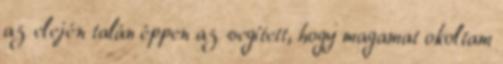
az elején talán éppen az segített, hogy magamat okoltam